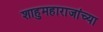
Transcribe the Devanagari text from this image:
शाहुमहाराजांच्या